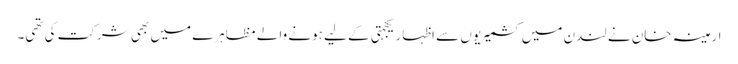
ارمینہ خان نے لندن میں کشمیریوں سے اظہار یکجہتی کے لیے ہونے والے مظاہرے میں بھی شرکت کی تھی۔